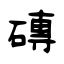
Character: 磚